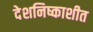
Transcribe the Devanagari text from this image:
देशनिष्काशीत